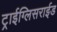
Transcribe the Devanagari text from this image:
ट्राईग्लिसराईड